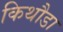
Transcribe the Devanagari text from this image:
किथौडा